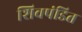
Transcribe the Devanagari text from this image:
शिवपंडित